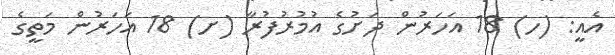
އެއީ: (ހ) 18 އަހަރުން ދަށުގެ އުމުރުފުރާ (ށ) 18 އަހަރުން މަތީގެ